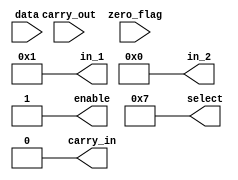
`timescale 1ns/1ns

module alu_stim 
(
   output reg [15:0] in_1,
   output reg [15:0] in_2,
   output reg carry_in,
   output reg enable,
   output reg [4:0] select,
   input wire [15:0] data,
   input wire carry_out,
   input wire zero_flag 
);  

parameter T = 10;

initial 
begin

    // all inputs are zero 
    carry_in = 0;
    select = 0;
    in_1 = 16'b0;
    in_2 = 16'b0;
    enable = 0;
    #T

    if (data == 16'bz)
    begin
        $display("test 1 passed");
    end else
    begin 
        $display("test 1 failed");
    end

    // first input is all ones and we invert it
    carry_in = 0;
    select = 5; 
    in_1 = 16'hffff;
    in_2 = 16'h0000;
    enable = 1;
    #T

    if ((data == 16'b0) && (carry_out == 1) && (zero_flag == 1))
    begin
        $display("test 2 passed");
    end else
    begin 
        $display("test 2 failed");
    end

    carry_in = 0;
    select = 0;
    in_1 = 16'b0;
    in_2 = 16'b0;
    enable = 0;
    #T

    // add 5 plus 3
    carry_in = 0;
    select = 0;
    in_1 = 16'd5;
    in_2 = 16'd3;
    enable = 1;
    #T

    if ((data == 16'd8) && (carry_out == 0) && (zero_flag == 0))
    begin
        $display("test 3 passed");
    end else
    begin 
        $display("test 3 failed");
    end

    carry_in = 0;
    select = 0;
    in_1 = 16'b0;
    in_2 = 16'b0;
    enable = 0;
    #T

    // subtract 6035 and 3127
    carry_in = 0;
    select = 1;
    in_1 = 16'd6035;
    in_2 = 16'd3127;
    enable = 1;
    #T

    if ((data == 16'd2908) && (carry_out == 0) && (zero_flag == 0))
    begin
        $display("test 4 passed");
    end else
    begin 
        $display("test 4 failed");
    end

    carry_in = 0;
    select = 0;
    in_1 = 16'b0;
    in_2 = 16'b0;
    enable = 0;
    #T

    // add with carry in 
    carry_in = 1;
    select = 0;
    in_1 = 16'd4941;
    in_2 = 16'd1259;
    enable = 1;
    #T

    if ((data == 16'd6201) && (carry_out == 0) && (zero_flag == 0))
    begin
        $display("test 5 passed");
    end else
    begin 
        $display("test 5 failed");
    end

    carry_in = 0;
    select = 0;
    in_1 = 16'b0;
    in_2 = 16'b0;
    enable = 0;
    #T

    // add with carry in 
    carry_in = 0;
    select = 7;
    in_1 = 16'd1;
    in_2 = 16'd0;
    enable = 1;
    #T

    if ((data == 16'd0) && (carry_out == 0) && (zero_flag == 1))
    begin
        $display("test 6 passed");
    end else
    begin 
        $display("test 6 failed");
    end

end

endmodule